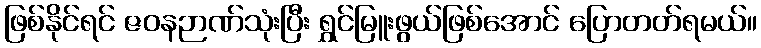
ဖြစ်နိုင်ရင် ဇဝနဉာဏ်သုံးပြီး ရွှင်မြူးဖွယ်ဖြစ်အောင် ပြောတတ်ရမယ်။